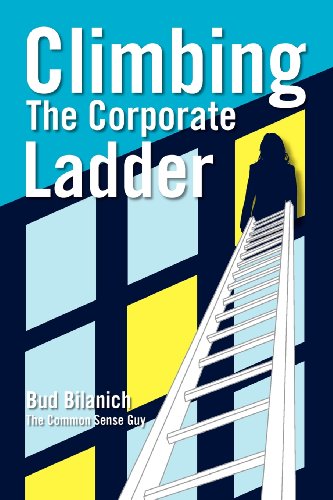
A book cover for Climbing The Corporate Ladder; Bud Bilanich; Business & Money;